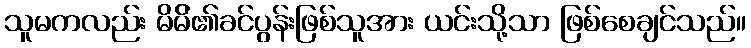
သူမကလည်း မိမ်ိ၏ခင်ပွန်းဖြစ်သူအား ယင်းသို့သာ ဖြစ်စေချင်သည်။